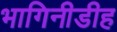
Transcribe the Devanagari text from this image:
भागिनीडीह